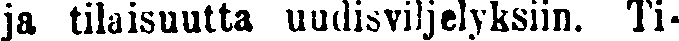
ja tilaisuutta uudisviljelyksiin. Ti-